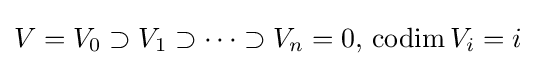
V=V_{0}\supset V_{1}\supset \cdots \supset V_{n}=0,\,\operatorname {codim} V_{i}=i